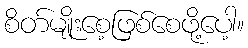
စိတ်မျိုးစေ့ဖြစ်စေဖို့ပေါ့။